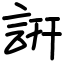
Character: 詽